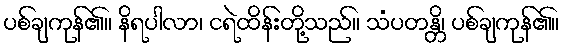
ပစ်ချကုန်၏။ နိရပါလာ၊ ငရဲထိန်းတို့သည်။ သံပတန္တိ၊ ပစ်ချကုန်၏။